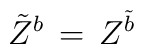
\tilde Z^b\,= \, Z^{\tilde b}